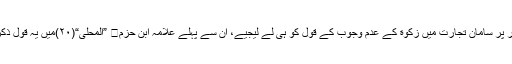
۱-مثال کے طور پر سامانِ تجارت میں زکوٰة کے عدمِ وجوب کے قول کو ہی لے لیجیے، ان سے پہلے علامہ ابن حزم ”المُحلّٰی“(۲۰)میں یہ قول ذکر کر چکے ہیں۔